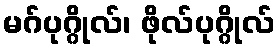
မဂ်ပုဂ္ဂိုလ်၊ ဖိုလ်ပုဂ္ဂိုလ်